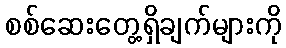
စစ်ဆေးတွေ့ရှိချက်များကို